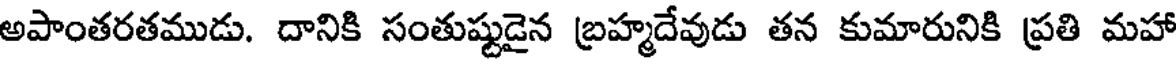
అపాంతరతముడు. దానికి సంతుష్టుడైన బ్రహ్మదేవుడు తన కుమారునికి ప్రతి మహా